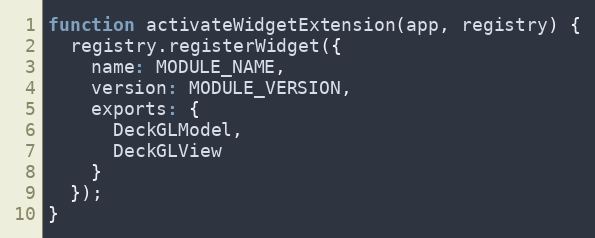
Language: JavaScript
function activateWidgetExtension(app, registry) {
  registry.registerWidget({
    name: MODULE_NAME,
    version: MODULE_VERSION,
    exports: {
      DeckGLModel,
      DeckGLView
    }
  });
}